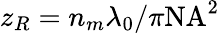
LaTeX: z_{R}=n_{m}\lambda_{0}/\pi\mathrm{NA}^{2}